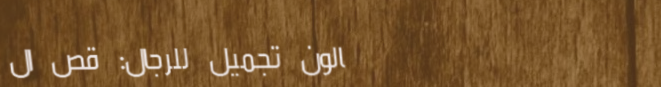
صالون تجميل للرجال: قص ال